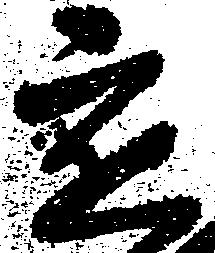
定